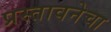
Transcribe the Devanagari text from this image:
प्रस्तावनेचा